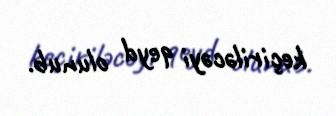
keçiriləcəyi qeyd olunub.